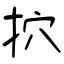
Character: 㧒